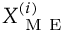
X _ { \mathrm { ~ M ~ E ~ } } ^ { ( i ) }